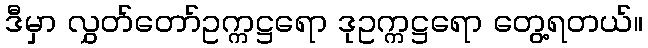
ဒီမှာ လွှတ်တော်ဥက္ကဋ္ဌရော ဒုဥက္ကဋ္ဌရော တွေ့ရတယ်။